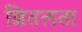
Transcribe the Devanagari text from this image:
शितलता